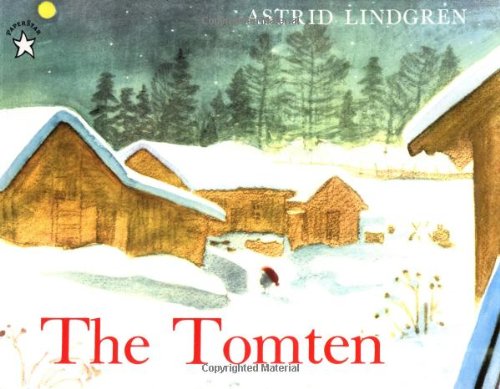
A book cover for The Tomten; Astrid Lindgren; Children's Books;